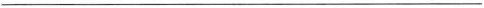
___